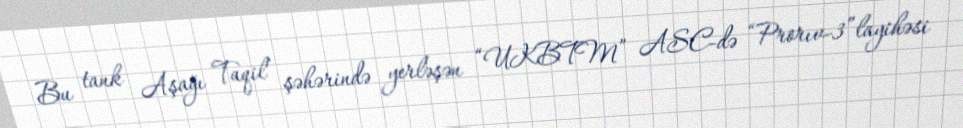
Bu tank Aşağı Taqil şəhərində yerləşən “UKBTM” ASC-də “Prorıv-3”layihəsi